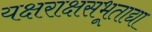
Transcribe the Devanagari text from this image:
यक्षराक्षसभूताद्या